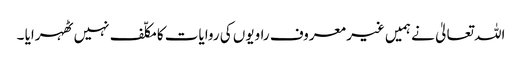
اللہ تعالیٰ نے ہمیں غیر معروف راویوں کی روایات کا مکلّف نہیں ٹھہرایا ۔